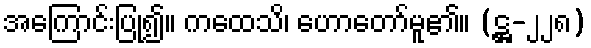
အကြောင်းပြု၍။ ကထေသိ၊ ဟောတော်မူ၏။ (ဋ္ဌ-၂၂၈)